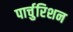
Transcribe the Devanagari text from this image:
पार्चुरिशन